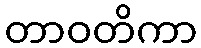
တာဝတိကာ